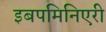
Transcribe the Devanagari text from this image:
इबपमिनिएरी